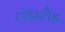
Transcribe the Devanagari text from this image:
लंडब्लैड